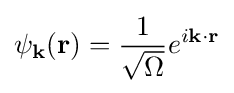
\psi _{\mathbf {k} }(\mathbf {r} )={\frac {1}{\sqrt {\Omega }}}e^{i\mathbf {k} \cdot \mathbf {r} }